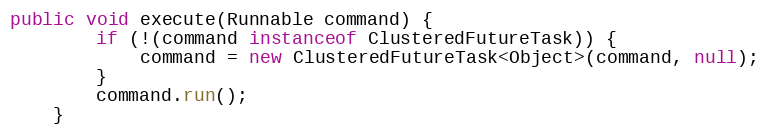
Language: Java
public void execute(Runnable command) {
        if (!(command instanceof ClusteredFutureTask)) {
            command = new ClusteredFutureTask<Object>(command, null);
        }
        command.run();
    }